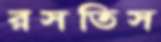
রসতিস